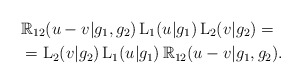
\begin{align*}& \mathbb{R}_{12}(u-v|g_1,g_2)\,\mathrm{L}_1(u|g_1)\,\mathrm{L}_2(v|g_2) = \\ &=\mathrm{L}_2(v|g_2)\,\mathrm{L}_1(u|g_1)\,\mathbb{R}_{12}(u-v|g_1,g_2). \end{align*}